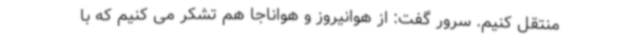
منتقل کنیم. سرور گفت: از هوانیروز و هواناجا هم تشکر می کنیم که با